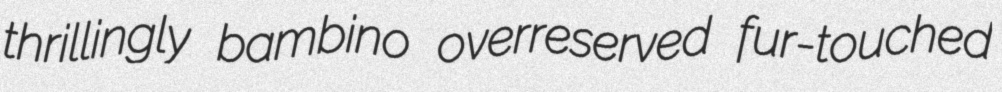
thrillingly bambino overreserved fur-touched